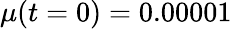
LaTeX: \mu(t=0)=0.00001